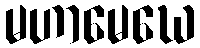
မဟာမေဃေ